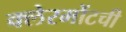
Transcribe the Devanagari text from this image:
क्लेरमोंटची